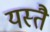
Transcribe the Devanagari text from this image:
यस्तै